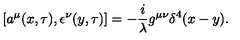
[ a ^ { \mu } ( x , \tau ) , \epsilon ^ { \nu } ( y , \tau ) ] = - \frac { i } { \lambda } g ^ { \mu \nu } \delta ^ { 4 } ( x - y ) .